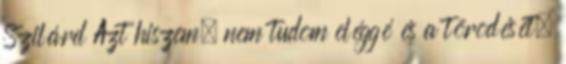
Szilárd Azt hiszem, nem tudom eléggé és a törõdését,